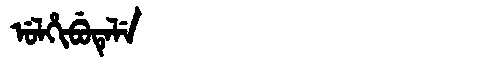
Manchu: ᡠᠯᡥᡳᠪᡠᡨᡝᠯᡝ
Romanization: ULHIBUTELE